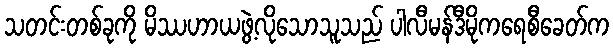
သတင်းတစ်ခုကို မိဿဟာယဖွဲ့လိုသောသူသည် ပါလီမန်ဒီမိုကရေစီခေတ်က